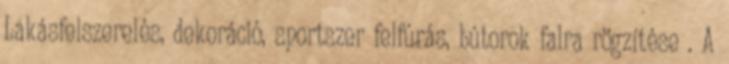
Lakásfelszerelés, dekoráció, sportszer felfúrás, bútorok falra rögzítése . A